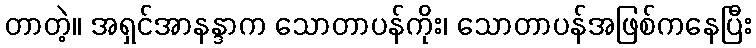
တာတဲ့။ အရှင်အာနန္ဒာက သောတာပန်ကိုး၊ သောတာပန်အဖြစ်ကနေပြီး